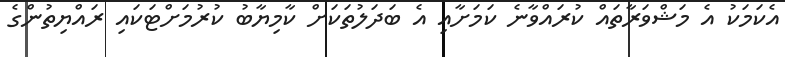
އެކަމަކު އެ މަޝްވަރާތައް ކުރައްވާނެ ކަމަށާއި އެ ބަދަލުތަކަށް ކާމިޔާބު ކުރުމަށްޓަކައި ރައްޔިތުންގެ